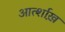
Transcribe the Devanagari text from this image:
आर्त्शाख़